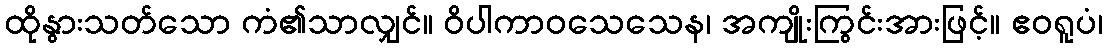
ထိုနွားသတ်သော ကံ၏သာလျှင်။ ဝိပါကာဝသေသေန၊ အကျိုးကြွင်းအားဖြင့်။ ဧဝရူပံ၊